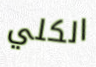
الكلي